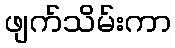
ဖျက်သိမ်းကာ